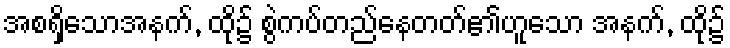
အစရှိသောအနက်, ထို၌ စွဲကပ်တည်နေတတ်၏ဟူသော အနက်, ထို၌